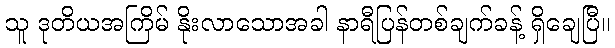
သူ ဒုတိယအကြိမ် နိုးလာသောအခါ နာရီပြန်တစ်ချက်ခန့် ရှိချေပြီ။